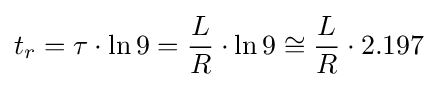
t_{r}=\tau \cdot \ln 9={\frac {L}{R}}\cdot \ln 9\cong {\frac {L}{R}}\cdot 2.197